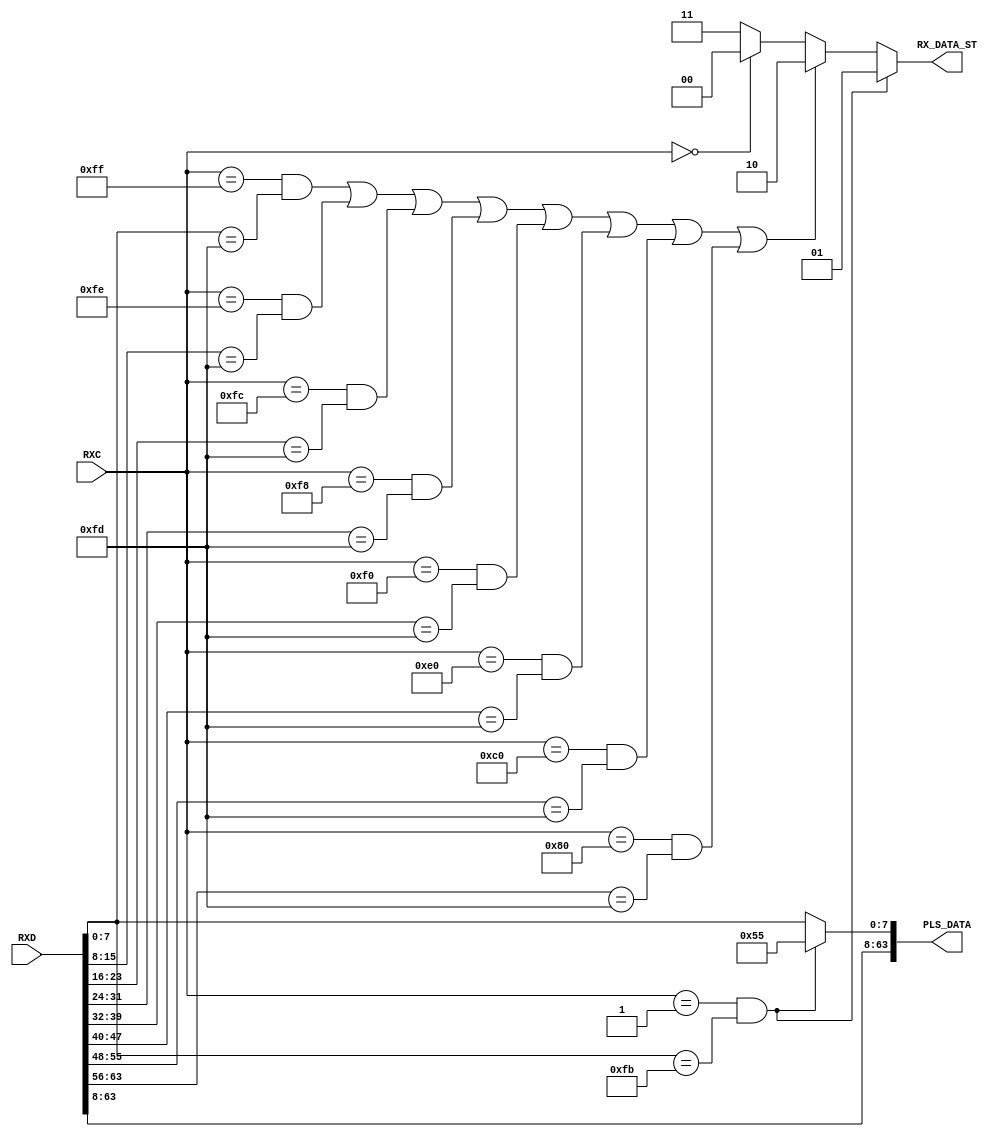
`timescale 1ns / 1ps
//////////////////////////////////////////////////////////////////////////////////
// Company: 
module contCharDec(
    input [63:0] RXD,
    input [7:0] RXC,
    output reg [63:0] PLS_DATA,
    output reg [1:0] RX_DATA_ST
    );
    parameter start_control = 8'hFB;
    parameter terminate_control = 8'hFD;

    always @ (*) begin
    if(RXC == 8'b0000_0001 && RXD[7:0] == start_control) begin   
                 RX_DATA_ST = 2'b01;
                 PLS_DATA = {RXD[63:8],8'b0101_0101};
             end
    else if((RXC == 8'b1111_1111 &&   RXD[7:0] == terminate_control) || (RXC == 8'b1111_1110 &&  RXD[15:8] == terminate_control) ||
            (RXC == 8'b1111_1100 && RXD[23:16] == terminate_control) || (RXC == 8'b1111_1000 && RXD[31:24] == terminate_control) ||
            (RXC == 8'b1111_0000 && RXD[39:32] == terminate_control) || (RXC == 8'b1110_0000 && RXD[47:40] == terminate_control) ||
            (RXC == 8'b1100_0000 && RXD[55:48] == terminate_control) || (RXC == 8'b1000_0000 && RXD[63:56] == terminate_control) )  begin
                RX_DATA_ST = 2'b10;
                PLS_DATA = RXD;
                end
    else if (RXC == 8'b0000_0000) begin
                RX_DATA_ST = 2'b00; 
                PLS_DATA = RXD;
                end
    else     begin
                RX_DATA_ST = 2'b11; 
                PLS_DATA = RXD;
                end         
    end
    
    
endmodule